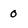
Character: 0